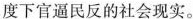
度下官逼民反的社会现实。